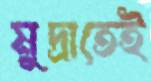
মুদ্রাতেই